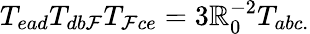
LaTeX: T_{ead}T_{db\mathcal{F}}T_{\mathcal{F}ce}=3\mathbb{R}_{0}^{-2}T_{abc.}